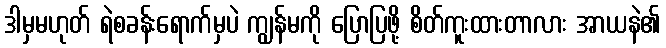
ဒါမှမဟုတ် ရဲစခန်းရောက်မှပဲ ကျွန်မကို ပြောပြဖို့ စိတ်ကူးထားတာလား အာယနဲ၏